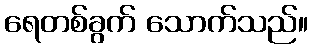
ရေတစ်ခွက် သောက်သည်။